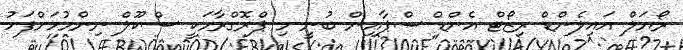
ރޯޔަލް އައިލެންޑް ރިޒޯޓް އެންޑް ސްޕާއިން ބުނީ މި ޕްރޮގްރާމަކީ ސްކޫލް ނިންމުމަށްފަހު